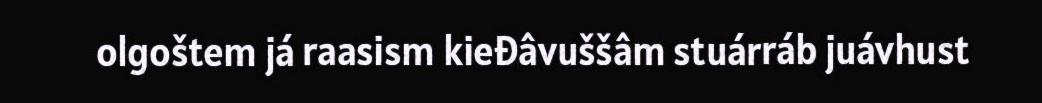
olgoštem já raasism kieđâvuššâm stuárráb juávhust